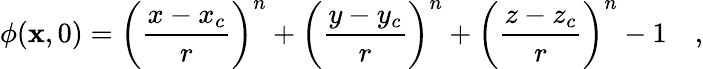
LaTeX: \phi(\mathbf{x},0)=\bigg(\frac{x-x_{c}}{r}\bigg)^{n}+\bigg(\frac{y-y_{c}}{r}\bigg)^{n}+\bigg(\frac{z-z_{c}}{r}\bigg)^{n}-1\quad,